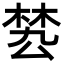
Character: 𣓕